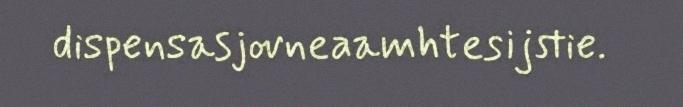
dispensasjovneaamhtesijstie.